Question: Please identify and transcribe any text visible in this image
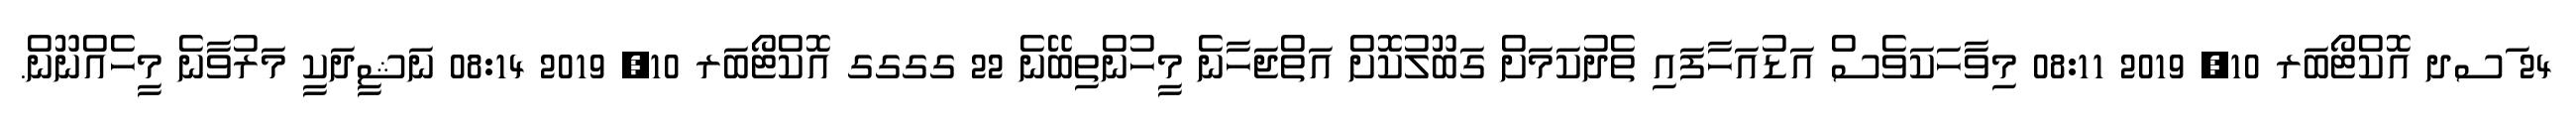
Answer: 24 ަސދ އޮކްޓޯބަރ 10, 2019 08:11 މިވާހަކަވެސް އަޑުއަހާފައި ތެދުކަމަށް ގަބޫލުކޮށް އަތްޖަހާނެ މީހުންތިބޭނެ 22 ގގގގ އޮކްޓޯބަރ 10, 2019 08:14 ނަޝީދަކީ މަރުވާނެ މީހެއްނޫން.